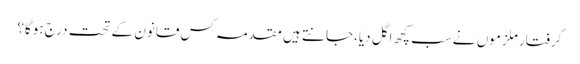
گرفتار ملزموں نے سب کچھ اگل دیا،جانتے ہیں مقدمہ کس قانون کے تحت درج ہوگا؟